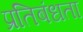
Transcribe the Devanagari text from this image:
प्रतिबंधता